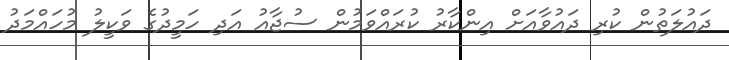
ދައުލަތުން ކުރި ދައުވާއަށް އިންކާރު ކުރައްވަމުން ސުޖާއު އަދި ހަމީދުގެ ވަކީލު މުހައްމަދު